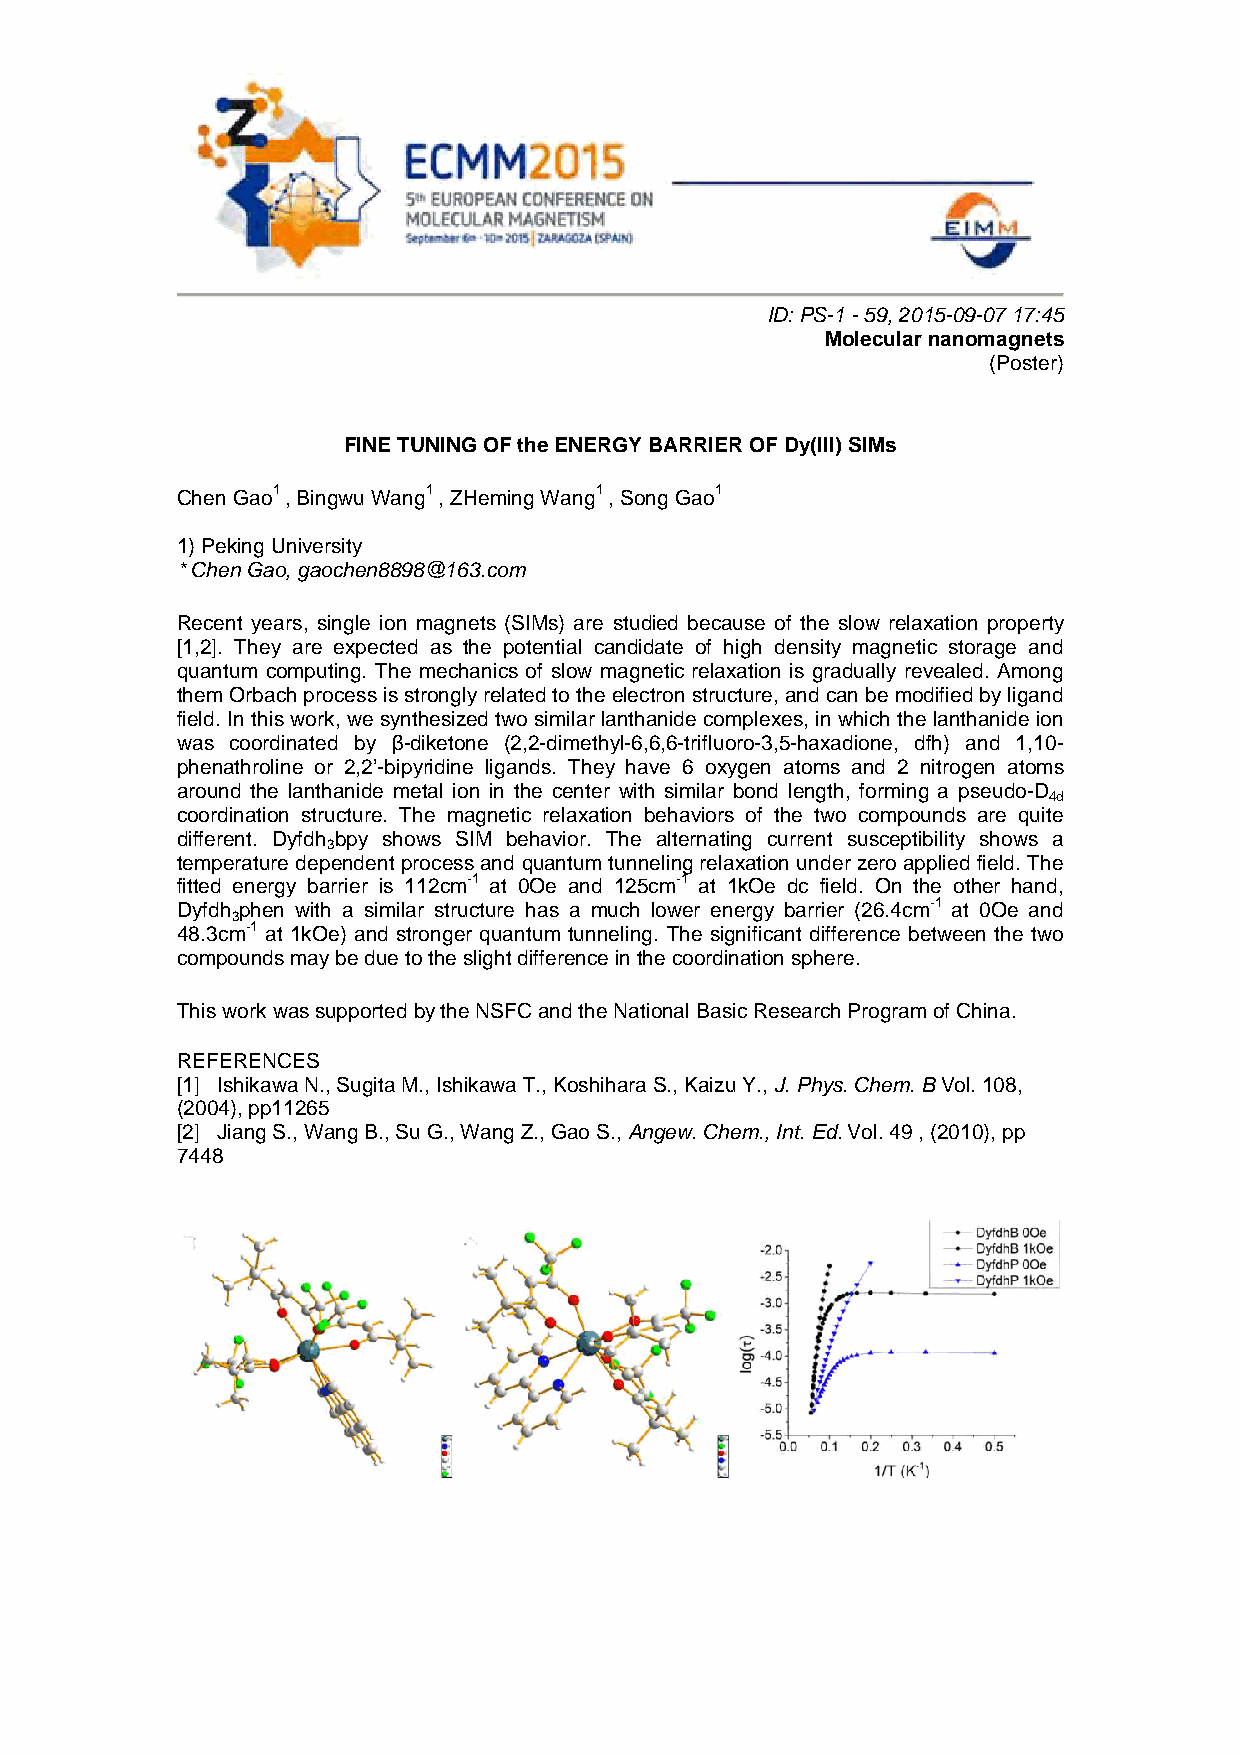
ID: PS-1 - 59, 2015-09-07 17:45
 Molecular nanomagnets
 (Poster)
 FINE TUNING OF the ENERGY BARRIER OF Dy(III) SIMs
 Chen Gao1 , Bingwu Wang1 , ZHeming Wang1 , Song Gao1
 1) Peking University
 * Chen Gao, gaochen8898@163.com
 Recent years, single ion magnets (SIMs) are studied because of the slow relaxation property
 [1,2]. They are expected as the potential candidate of high density magnetic storage and
 quantum computing. The mechanics of slow magnetic relaxation is gradually revealed. Among
 them Orbach process is strongly related to the electron structure, and can be modified by ligand
 field. In this work, we synthesized two similar lanthanide complexes, in which the lanthanide ion
 was coordinated by β-diketone (2,2-dimethyl-6,6,6-trifluoro-3,5-haxadione, dfh) and 1,10-
 phenathroline or 2,2’-bipyridine ligands. They have 6 oxygen atoms and 2 nitrogen atoms
 around the lanthanide metal ion in the center with similar bond length, forming a pseudo-D
 4d
 coordination structure. The magnetic relaxation behaviors of the two compounds are quite
 different. Dyfdh bpy shows SIM behavior. The alternating current susceptibility shows a
 3
 temperature dependent process and quantum tunneling relaxation under zero applied field. The
 fitted energy barrier is 112cm-1 at 0Oe and 125cm-1 at 1kOe dc field. On the other hand,
 Dyfdh phen with a similar structure has a much lower energy barrier (26.4cm-1 at 0Oe and
 3
 48.3cm-1 at 1kOe) and stronger quantum tunneling. The significant difference between the two
 compounds may be due to the slight difference in the coordination sphere.
 This work was supported by the NSFC and the National Basic Research Program of China.
 REFERENCES
 [1] Ishikawa N., Sugita M., Ishikawa T., Koshihara S., Kaizu Y., J. Phys. Chem. B Vol. 108,
 (2004), pp11265
 [2] Jiang S., Wang B., Su G., Wang Z., Gao S., Angew. Chem., Int. Ed. Vol. 49 , (2010), pp
 7448